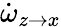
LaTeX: \dot{\omega}_{z\rightarrow x}